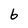
Character: b